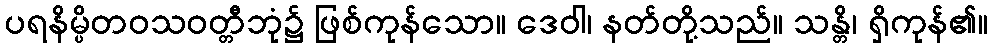
ပရနိမ္ပိတဝသဝတ္တီဘုံ၌ ဖြစ်ကုန်သော။ ဒေဝါ၊ နတ်တို့သည်။ သန္တိ၊ ရှိကုန်၏။